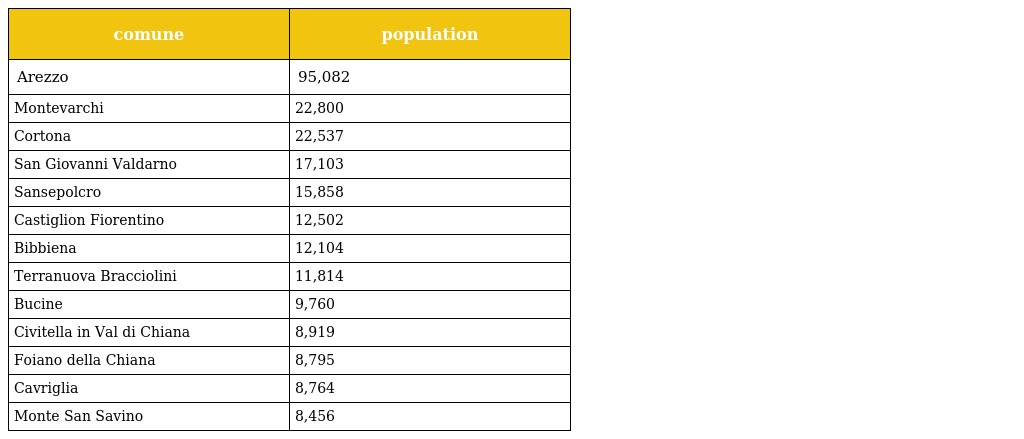
| comune | population |
 | --- | --- |
 | Arezzo | 95,082 |
 | Montevarchi | 22,800 |
 | Cortona | 22,537 |
 | San Giovanni Valdarno | 17,103 |
 | Sansepolcro | 15,858 |
 | Castiglion Fiorentino | 12,502 |
 | Bibbiena | 12,104 |
 | Terranuova Bracciolini | 11,814 |
 | Bucine | 9,760 |
 | Civitella in Val di Chiana | 8,919 |
 | Foiano della Chiana | 8,795 |
 | Cavriglia | 8,764 |
 | Monte San Savino | 8,456 |